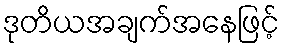
ဒုတိယအချက်အနေဖြင့်